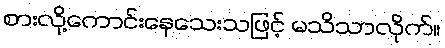
စားလို့ကောင်းနေသေးသဖြင့် မသိသာလိုက်။